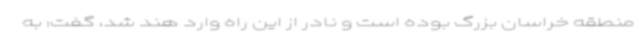
منطقه خراسان بزرگ بوده است و نادر از این راه وارد هند شد، گفت: به